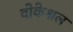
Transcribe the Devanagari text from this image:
वोकेश्नल